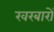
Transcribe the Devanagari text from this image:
खरबारों